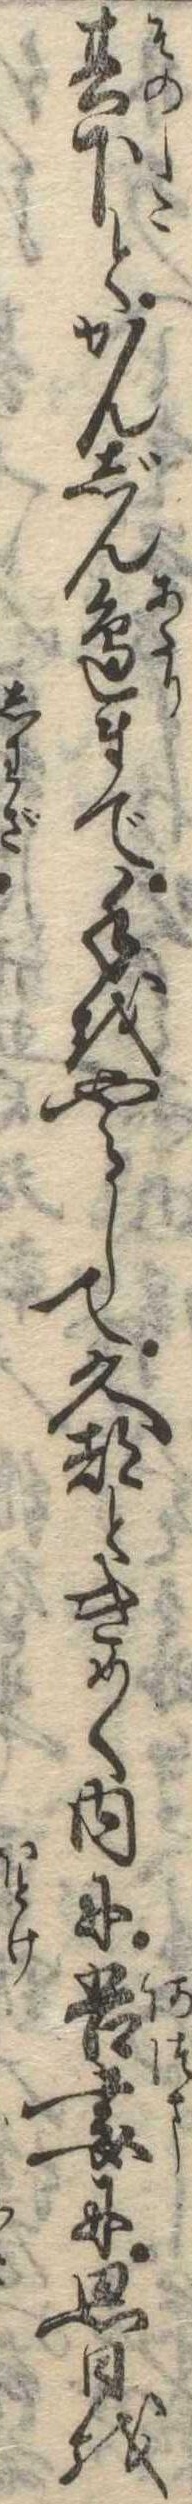
其下とかんじん辺まで手をやらして久都ときめく内に吾妻に思日を